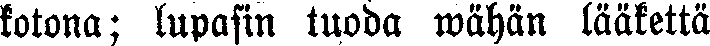
kotona; lupasin tuoda wähän lääkettä